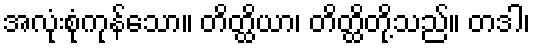
အလုံးစုံကုန်သော။ တိတ္ထိယာ၊ တိတ္ထိတို့သည်။ တဒါ၊